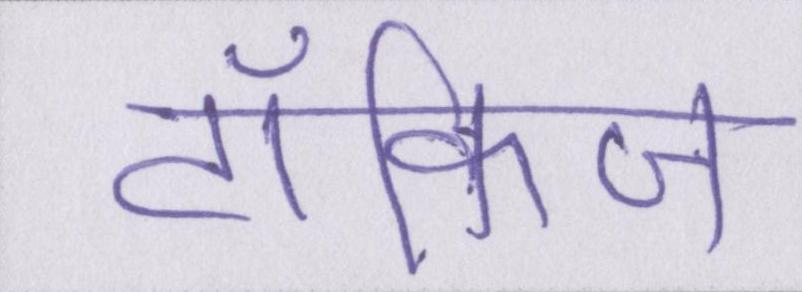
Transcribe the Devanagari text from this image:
टॉकिज